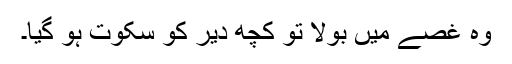
وہ غصے میں بولا تو کچھ دیر کو سکوت ہو گیا۔